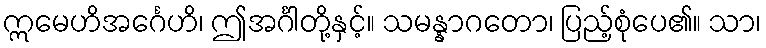
ဣမေဟိအင်္ဂေဟိ၊ ဤအင်္ဂါတို့နှင့်။ သမန္နာဂတော၊ ပြည့်စုံပေ၏။ သာ၊